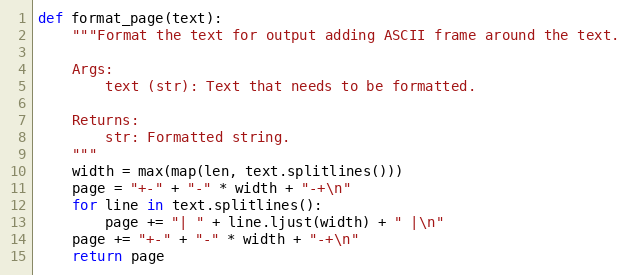
Language: Python
def format_page(text):
    """Format the text for output adding ASCII frame around the text.

    Args:
        text (str): Text that needs to be formatted.

    Returns:
        str: Formatted string.
    """
    width = max(map(len, text.splitlines()))
    page = "+-" + "-" * width + "-+\n"
    for line in text.splitlines():
        page += "| " + line.ljust(width) + " |\n"
    page += "+-" + "-" * width + "-+\n"
    return page